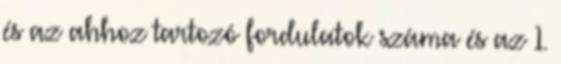
és az ahhoz tartozó fordulatok száma és az 1.